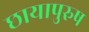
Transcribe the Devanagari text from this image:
छायापुरुष